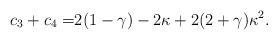
LaTeX: \begin{align*}c_3+c_4=&2(1-\gamma)-2\kappa+2(2+\gamma)\kappa^2.\end{align*}